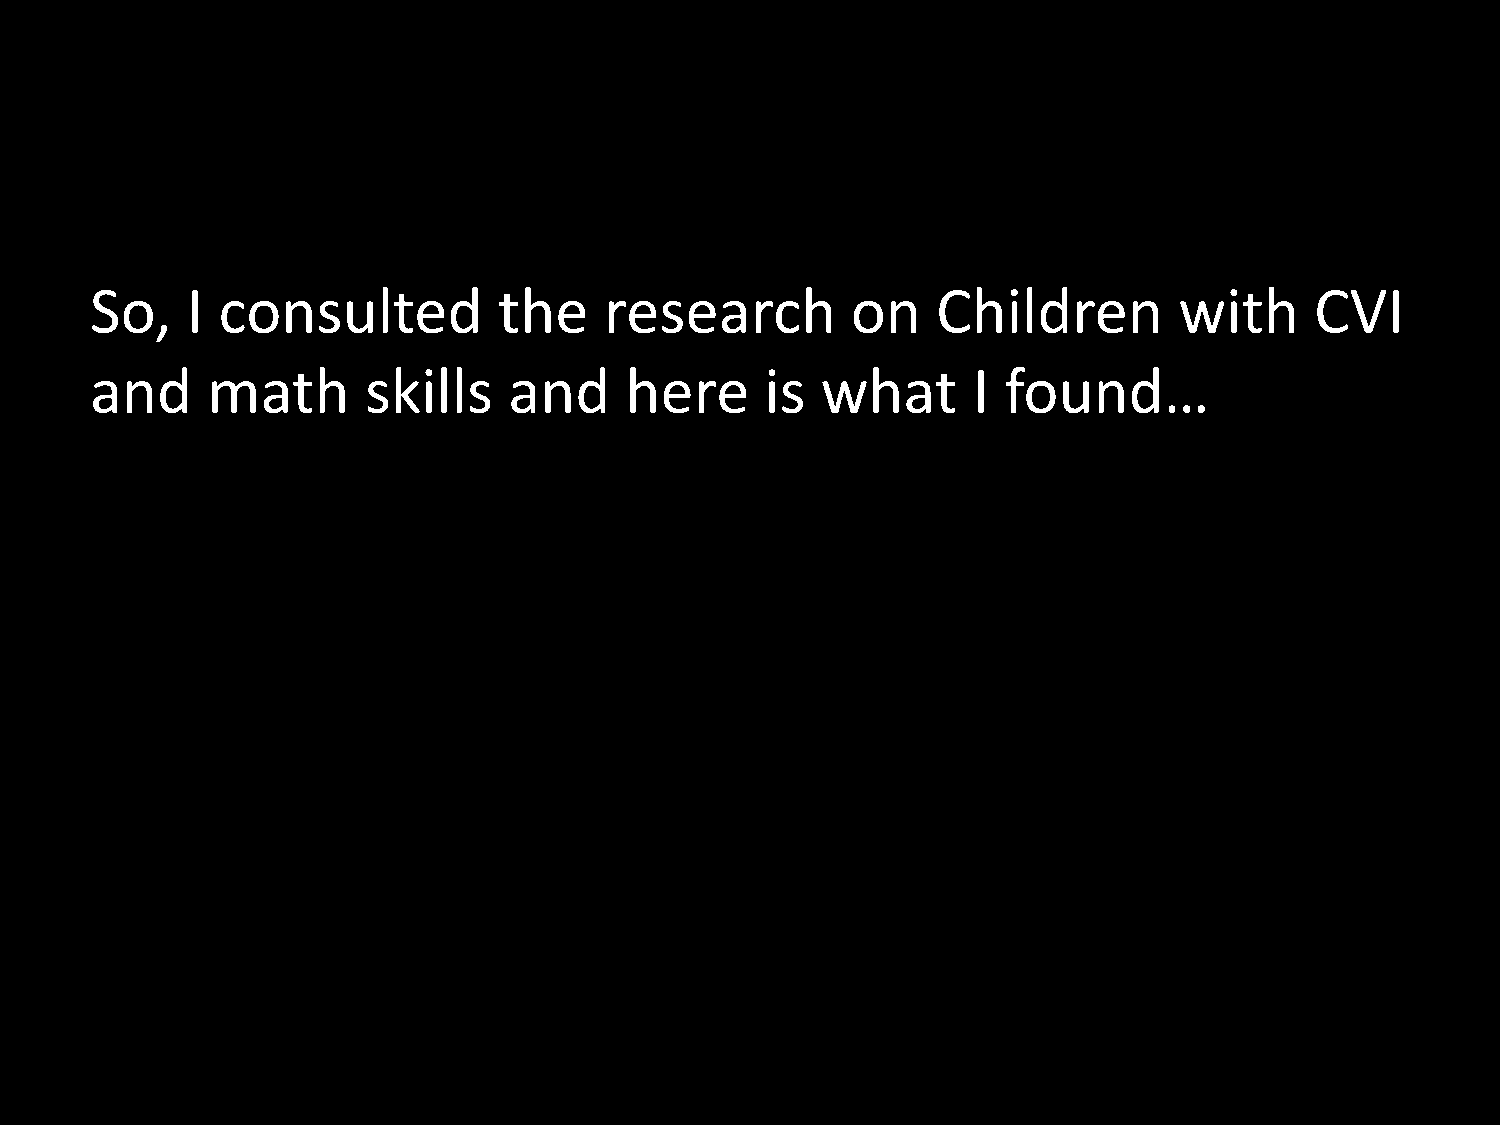
So,   I consulted          the    research        on    Children        with     CVI
 and     math      skills    and    here      is what      I found…